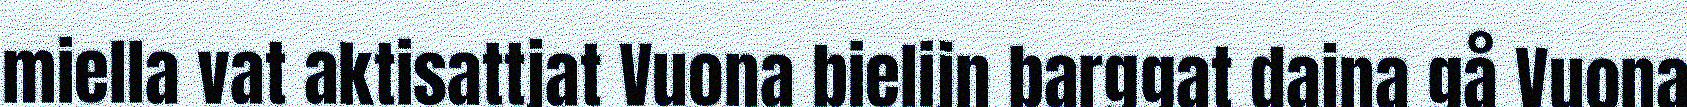
miella vat aktisattjat Vuona bielijn barggat dajna gå Vuona